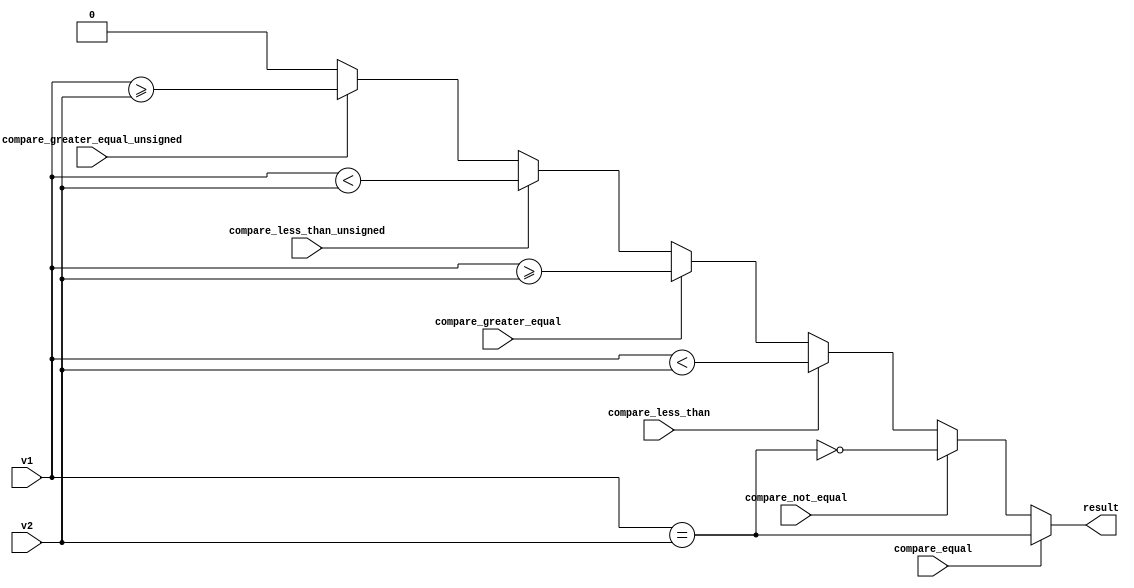
module Comparison
    #(parameter DATA_WIDTH=32) 
(
    input wire [DATA_WIDTH-1:0] v1,
    input wire [DATA_WIDTH-1:0] v2,

    input wire compare_equal,
    input wire compare_not_equal,
    input wire compare_less_than,
    input wire compare_greater_equal,
    input wire compare_less_than_unsigned,
    input wire compare_greater_equal_unsigned,

    output wire result
);

    assign result =
        compare_equal ? (v1 == v2) :
        compare_not_equal ? !(v1 == v2) :
        compare_less_than ? ($signed(v1) < $signed(v2)) :
        compare_greater_equal ? ($signed(v1) >= $signed(v2)) :
        compare_less_than_unsigned ? ($unsigned(v1) < $unsigned(v2)) :
        compare_greater_equal_unsigned ? ($unsigned(v1) >= $unsigned(v2)) :
        1'b0;

endmodule